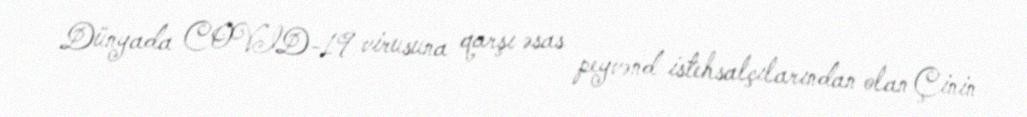
Dünyada COVID-19 virusuna qarşı əsas peyvənd istehsalçılarından olan Çinin